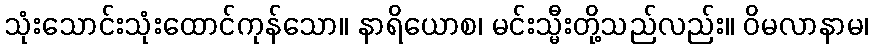
သုံးသောင်းသုံးထောင်ကုန်သော။ နာရိယောစ၊ မင်းသ္မီးတို့သည်လည်း။ ဝိမလာနာမ၊